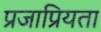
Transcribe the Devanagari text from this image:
प्रजाप्रियता